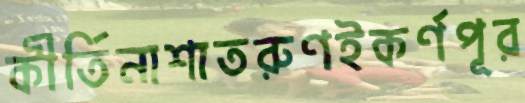
কীর্তিনাশাতরুণইকর্ণপূর